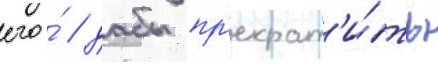
его́ / дабы пр'екрат'и́ть